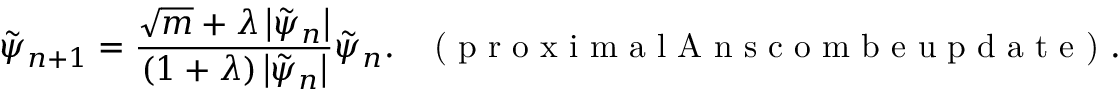
\tilde { \psi } _ { n + 1 } = \frac { \sqrt { m } + \lambda \left| \tilde { \psi } _ { n } \right| } { \left( 1 + \lambda \right) \left| \tilde { \psi } _ { n } \right| } \tilde { \psi } _ { n } . \; \; \; \textrm { ( p r o x i m a l A n s c o m b e u p d a t e ) } .